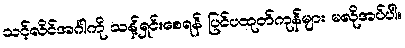
သင့်လိင်အင်္ဂါကို သန့်ရှင်းစေရန် ပြင်ပထုတ်ကုန်များ မလိုအပ်ပါ။